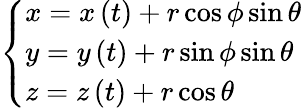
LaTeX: \left\{ \begin{array}{l}{x=x\left(t\right)+r\cos\phi\sin\theta}\\ {y=y\left(t\right)+r\sin\phi\sin\theta}\\ {z=z\left(t\right)+r\cos\theta}\end{array}\right.